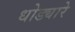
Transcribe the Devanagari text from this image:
धोड्यारे